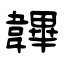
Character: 韠